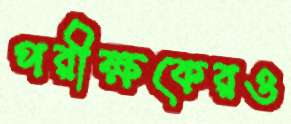
পরীক্ষকেরও